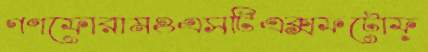
গণফোরামওএসটিএক্সফটোফ্